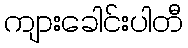
ကျားခေါင်းပါတီ